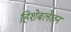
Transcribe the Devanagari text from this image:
हिशेबलेखन